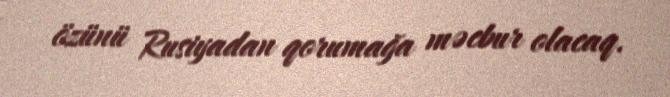
özünü Rusiyadan qorumağa məcbur olacaq.